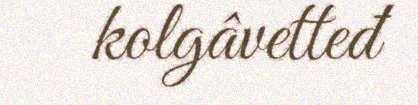
kolgâvetteđ